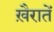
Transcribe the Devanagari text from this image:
ख़ैरातें